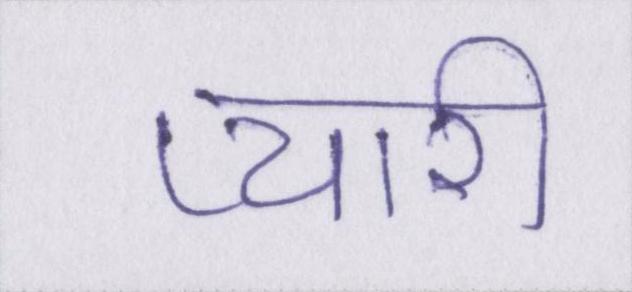
प्यारी